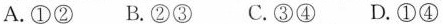
A.①② B.②③ C.③④ D.①④